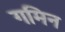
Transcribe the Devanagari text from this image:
गमिन